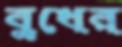
বুধের